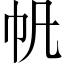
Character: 帆